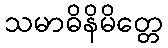
သမာဓိနိမိတ္တေ